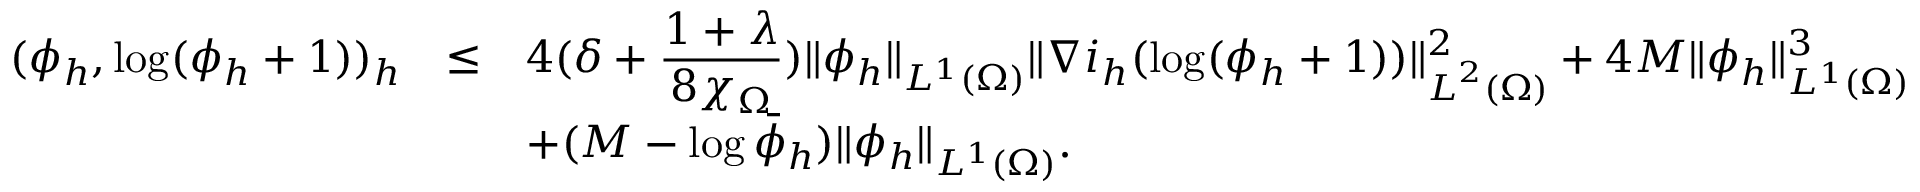
\begin{array} { r c l } { ( \phi _ { h } , \log ( \phi _ { h } + 1 ) ) _ { h } } & { \le } & { \displaystyle 4 ( \delta + \frac { 1 + \lambda } { 8 \chi _ { \Omega } } ) \| \phi _ { h } \| _ { L ^ { 1 } ( \Omega ) } \| \nabla i _ { h } ( \log ( \phi _ { h } + 1 ) ) \| _ { { \boldsymbol L } ^ { 2 } ( \Omega ) } ^ { 2 } + 4 M \| \phi _ { h } \| _ { L ^ { 1 } ( \Omega ) } ^ { 3 } } \\ & & { \displaystyle + ( M - \log \bar { \phi } _ { h } ) \| \phi _ { h } \| _ { L ^ { 1 } ( \Omega ) } . } \end{array}